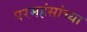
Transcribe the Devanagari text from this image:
परमहंसांच्या